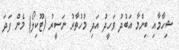
ޝިހާމާއި ބިންމާ އަބުދު ވަހީދު އަދި މުހުތާރު ނަސީރު (ޓޫކިލޯ) މެން ފަދަ